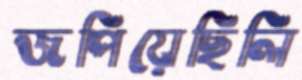
জপিয়েছিলি